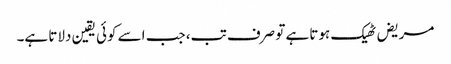
مریض ٹھیک ہوتا ہے تو صرف تب، جب اسے کوئی یقین دلاتا ہے۔